system: You are a helpful assistant.
user:
Analyze the provided spectrum to determine if it is a **S-type Star**.

- **Key Indicators for S-type Star:**

    - **(Overall Spectrum Shape):** The first and most obvious characteristic is the overall continuum (the "baseline" shape). It is **extremely "red-sloping,"** meaning the flux (light intensity) is very low on the left side (blue, ~4000-4500 Å) and rises steeply and continuously toward the right side (red, ~7000 Å+).

    - **(Primary):** The spectrum is defined by the presence of strong, broad molecular absorption "valleys" (bands) from **Zirconium Oxide (ZrO)**. The identification of these bands is the **primary requirement** for classifying a star as S-type.
        - **(Key Bandheads):** You must find distinct, deep "dips" where the light has been absorbed. The most critical band systems to locate are:
            - **~6474 Å** ($\gamma$-system): This is often the strongest and clearest ZrO feature, found in the red part of the spectrum.
            - **~5718 Å** & **~5551 Å** ($\beta$-system): A pair of prominent absorption features in the yellow-orange part of the spectrum.
            - **~4640 Å** ($\alpha$-system): A key absorption band system in the blue-green region of the spectrum.

    - **(Secondary Confirmation):** The classification is strengthened by finding additional absorption bands from other related heavy element oxides, which are expected to be present alongside ZrO.
        - **(Key Bandheads):**
            - **Yttrium Oxide (YO):** Look for absorption dips near **~4800 Å** and **~6100 Å**.
            - **Lanthanum Oxide (LaO):** Additional absorption features, particularly in the red-orange part of the spectrum, are also characteristic.

    - **(Line Profile):** The combination of the steep red continuum and these numerous, deep molecular bands (ZrO, YO, etc.) gives the entire spectrum a very **"chopped-up"** or **"bumpy"** appearance. Instead of a smooth curve, the spectrum looks as though large, wide chunks of light have been "carved out" of it at the specific wavelengths listed above.

Think first, call **spectral_visualization_tool** if needed to examine features in detail, then provide your final answer. Your response must adhere to the following strict rules:
1.  **Overall Structure:** Your response must follow the format `<think>...</think> <tool_call>...</tool_call> (if a tool is used) <answer>...</answer>`.
2.  **Tool Usage Constraint:** You may only make **one** tool call per turn.
3.  **Final Answer Format:** In the `<answer>` tag, your conclusion must be inside a `\boxed{}` command (e.g., `\boxed{YES}` or `\boxed{NO}`), followed by your justification.

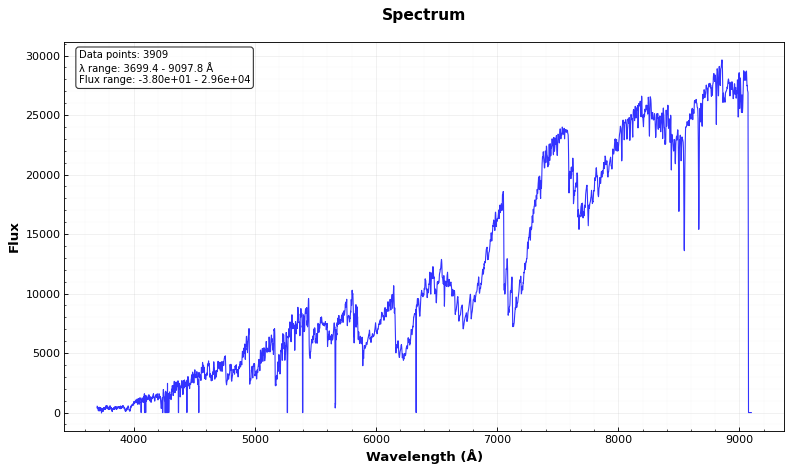
Answer: YES